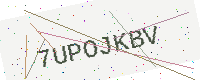
Text: 7UPOJKBV